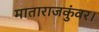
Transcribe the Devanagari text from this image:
माताराजकुंवर।